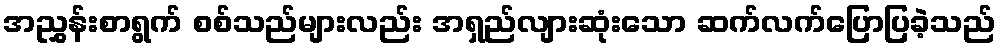
အညွှန်းစာရွက် စစ်သည်များလည်း အရှည်လျားဆုံးသော ဆက်လက်ပြောပြခဲ့သည်